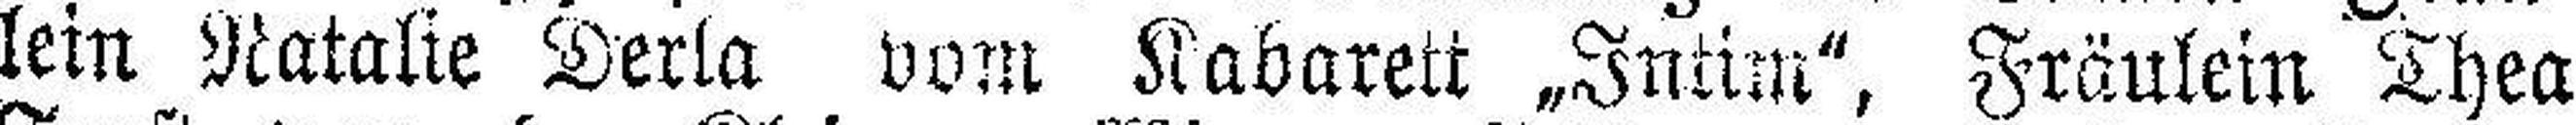
lein Natalie Derla vom Kabarett „Intim", Fräulein Thea